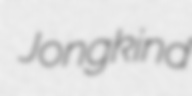
Jongkind